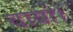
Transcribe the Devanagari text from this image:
वायो।